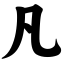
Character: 凡